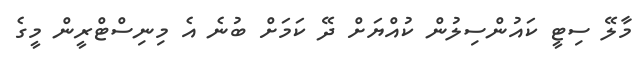
މާލޭ ސިޓީ ކައުންސިލުން ކުއްޔަށް ދޭ ކަމަށް ބުނެ އެ މިނިސްޓްރީން މީގެ